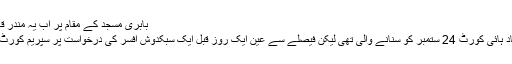
Image caption بابری مسجد کے مقام پر اب یہ مندر قائم ہے جہاں ہر روز پوجا ہوتی ہے
اس سے قبل ساٹھ برس طویل اس مقدمے کا فیصلہ الہ آباد ہائی کورٹ 24 ستمبر کو سنانے والی تھی لیکن فیصلے سے عین ایک روز قبل ایک سبکدوش افسر کی درخواست پر سپریم کورٹ نے ہائی کورٹ کے فیصلہ دینے پر روک لگا دی تھی۔